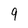
Character: 9